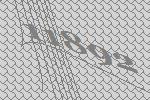
11892